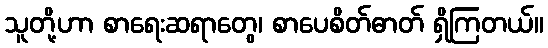
သူတို့ဟာ စာရေးဆရာတွေ၊ စာပေစိတ်ဓာတ် ရှိကြတယ်။